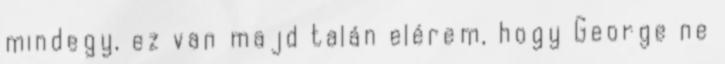
mindegy, ez van majd talán elérem, hogy George ne